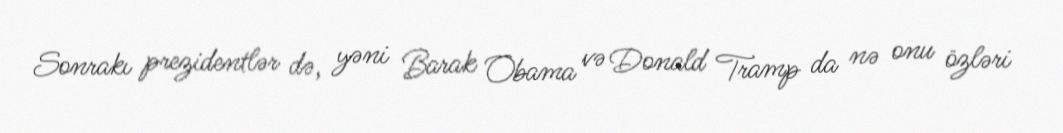
Sonrakı prezidentlər də, yəni Barak Obama və Donald Tramp da nə onu özləri